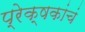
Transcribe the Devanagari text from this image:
प्रेक्षकांचं